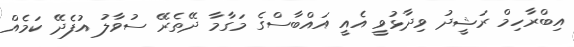
އިބްރާހިމް ރަޝީދު ވިދާޅުވީ އެއީ އައްބާސްގެ މަގާމާ ދޭތެރޭ ސުވާލު އުފެދޭ ކަމެއް